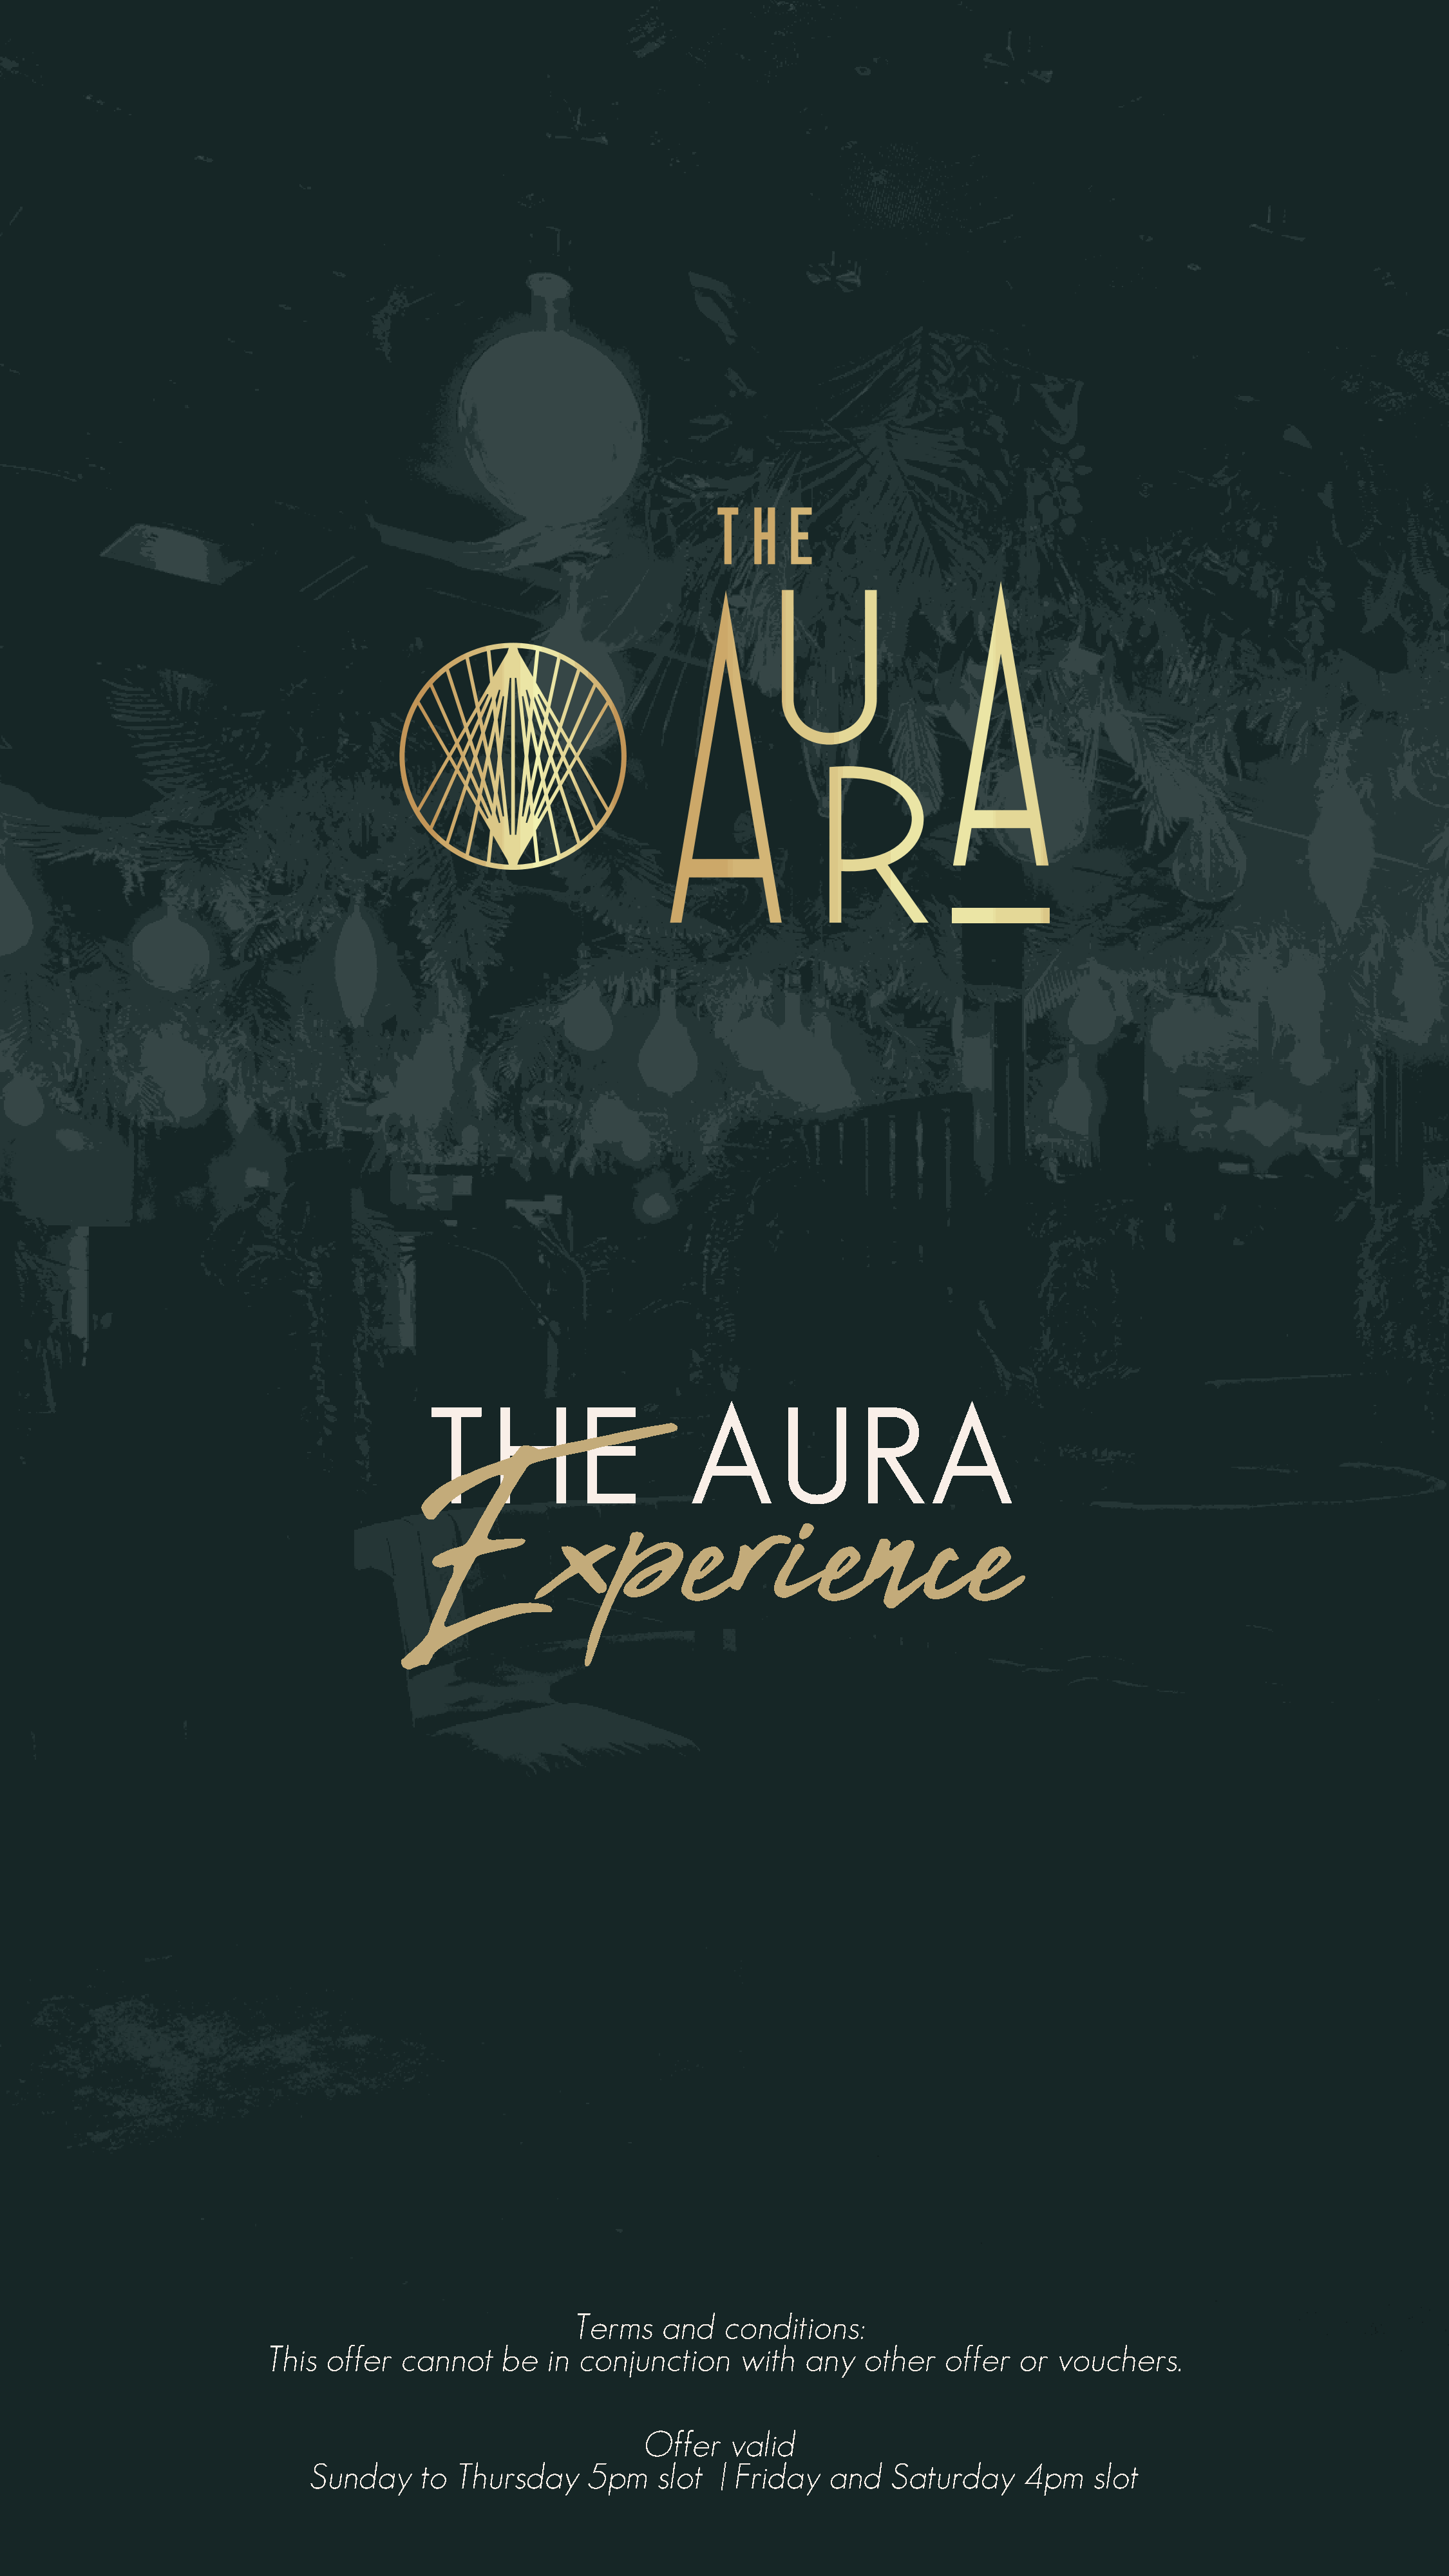
T      H        E          A        U       R       A
 Experience
 Terms    and   conditions:
 This   offer  cannot     be  in  conjunction     with   any   other   offer   or  vouchers.
 Offer    valid
 Sunday     to  Thursday     5pm     slot  | Friday   and    Saturday     4pm    slot